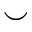
\smile